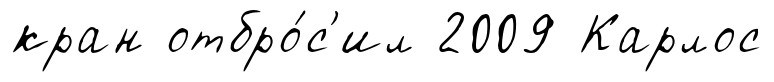
кран отбро́с'ил 2009 Карлос